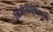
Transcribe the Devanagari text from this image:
थिऑसोफिकल